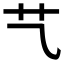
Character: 𦫴